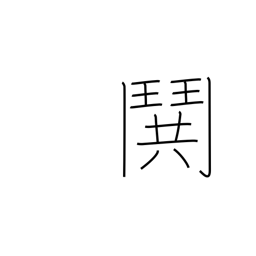
Meaning: fight